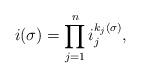
LaTeX: \begin{align*} i(\sigma)=\prod_{j=1}^n i_j^{k_j(\sigma)}, \end{align*}